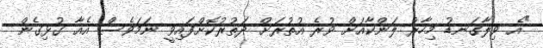
"އެ ވިލާގަނޑު މިހާރު ލަންކާއަށް ވުރެ އުތުރަށް ދަތުރުކޮށްފައިވީ ނަމަވެސް އެއާ ގުޅިގެން